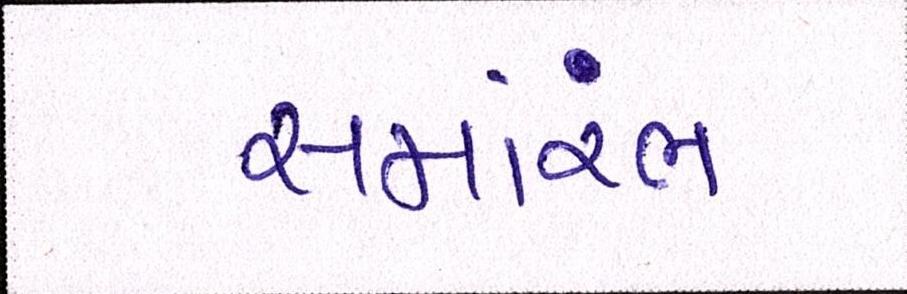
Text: સમાંરભ